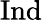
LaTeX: \mathrm{Ind}